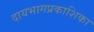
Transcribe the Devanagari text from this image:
दायभागप्रकाशिका